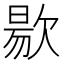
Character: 𭭐